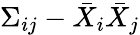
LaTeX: \Sigma_{ij}-\bar{X}_{i}\bar{X}_{j}